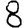
Digit: 8